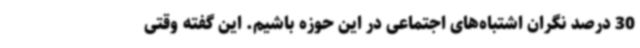
30 درصد نگران اشتباه‌های اجتماعی در این حوزه باشیم. این گفته وقتی